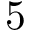
5